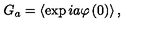
G _ { a } = \left\langle \exp i a \varphi \left( 0 \right) \right\rangle ,